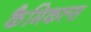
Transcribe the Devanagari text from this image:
कैमिकल्‍स